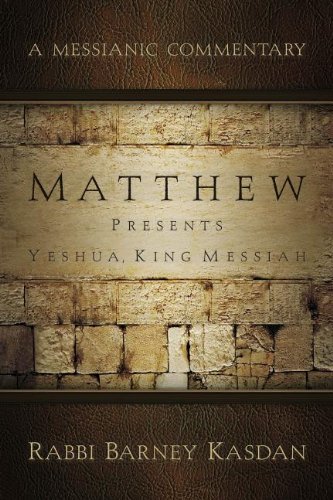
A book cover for Matthew Presents Yeshua, King Messiah: A Messianic Commentary; Barney Kasdan; Christian Books & Bibles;